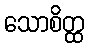
သောစိတ္ထ